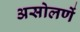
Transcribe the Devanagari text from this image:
असोलणें